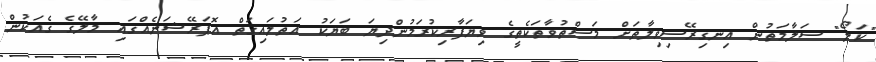
"ކަލޯ" ސަލާމަތުން އިނގިރޭސިވިލާތަށް މަސްތުވާތަކެތީގެ ވިޔަފާރިކުރަމުންދިޔަ ބަޔަކު އަތުލައިގަތް އޮޕަރޭޝަނެއްގައި މާލޭގެ ގެއަކުން